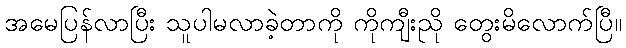
အမေပြန်လာပြီး သူပါမလာခဲ့တာကို ကိုကျီးညို တွေးမိလောက်ပြီ။